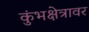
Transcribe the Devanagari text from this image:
कुंभक्षेत्रावर